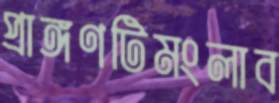
প্রাঙ্গণটিমংলাব